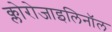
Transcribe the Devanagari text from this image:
क्लोरोजाइलिनॉल